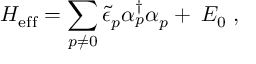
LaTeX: H _ { \mathrm { e f f } } = \sum _ { p \neq 0 } \widetilde { \epsilon } _ { p } \alpha _ { p } ^ { \dagger } \alpha _ { p } + \; E _ { 0 } \; ,